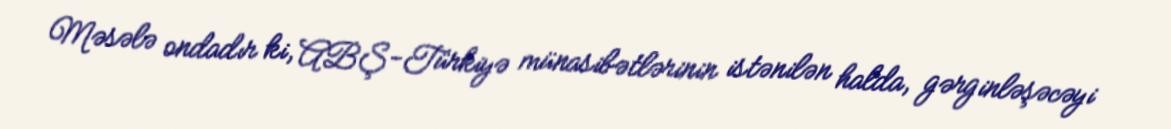
Məsələ ondadır ki, ABŞ-Türkiyə münasibətlərinin istənilən halda, gərginləşəcəyi